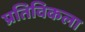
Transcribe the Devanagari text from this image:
प्रतिविकला